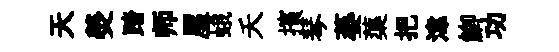
天熒踏师屋蛾夭擯琴萎蕖把湋鯽功